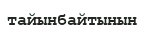
тайынбайтынын